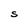
Character: S